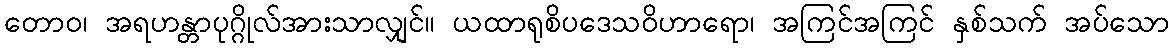
တောဝ၊ အရဟန္တာပုဂ္ဂိုလ်အားသာလျှင်။ ယထာရုစိပဒေသဝိဟာရော၊ အကြင်အကြင် နှစ်သက် အပ်သော